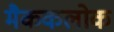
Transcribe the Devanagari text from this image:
मैककलोक